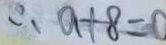
\therefore a + 8 = 0